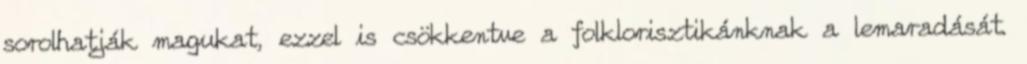
sorolhatják magukat, ezzel is csökkentve a folklorisztikánknak a lemaradását.